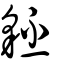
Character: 豾